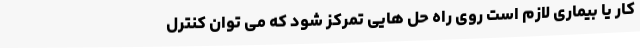
کار یا بیماری لازم است روی راه حل هایی تمرکز شود که می توان کنترل